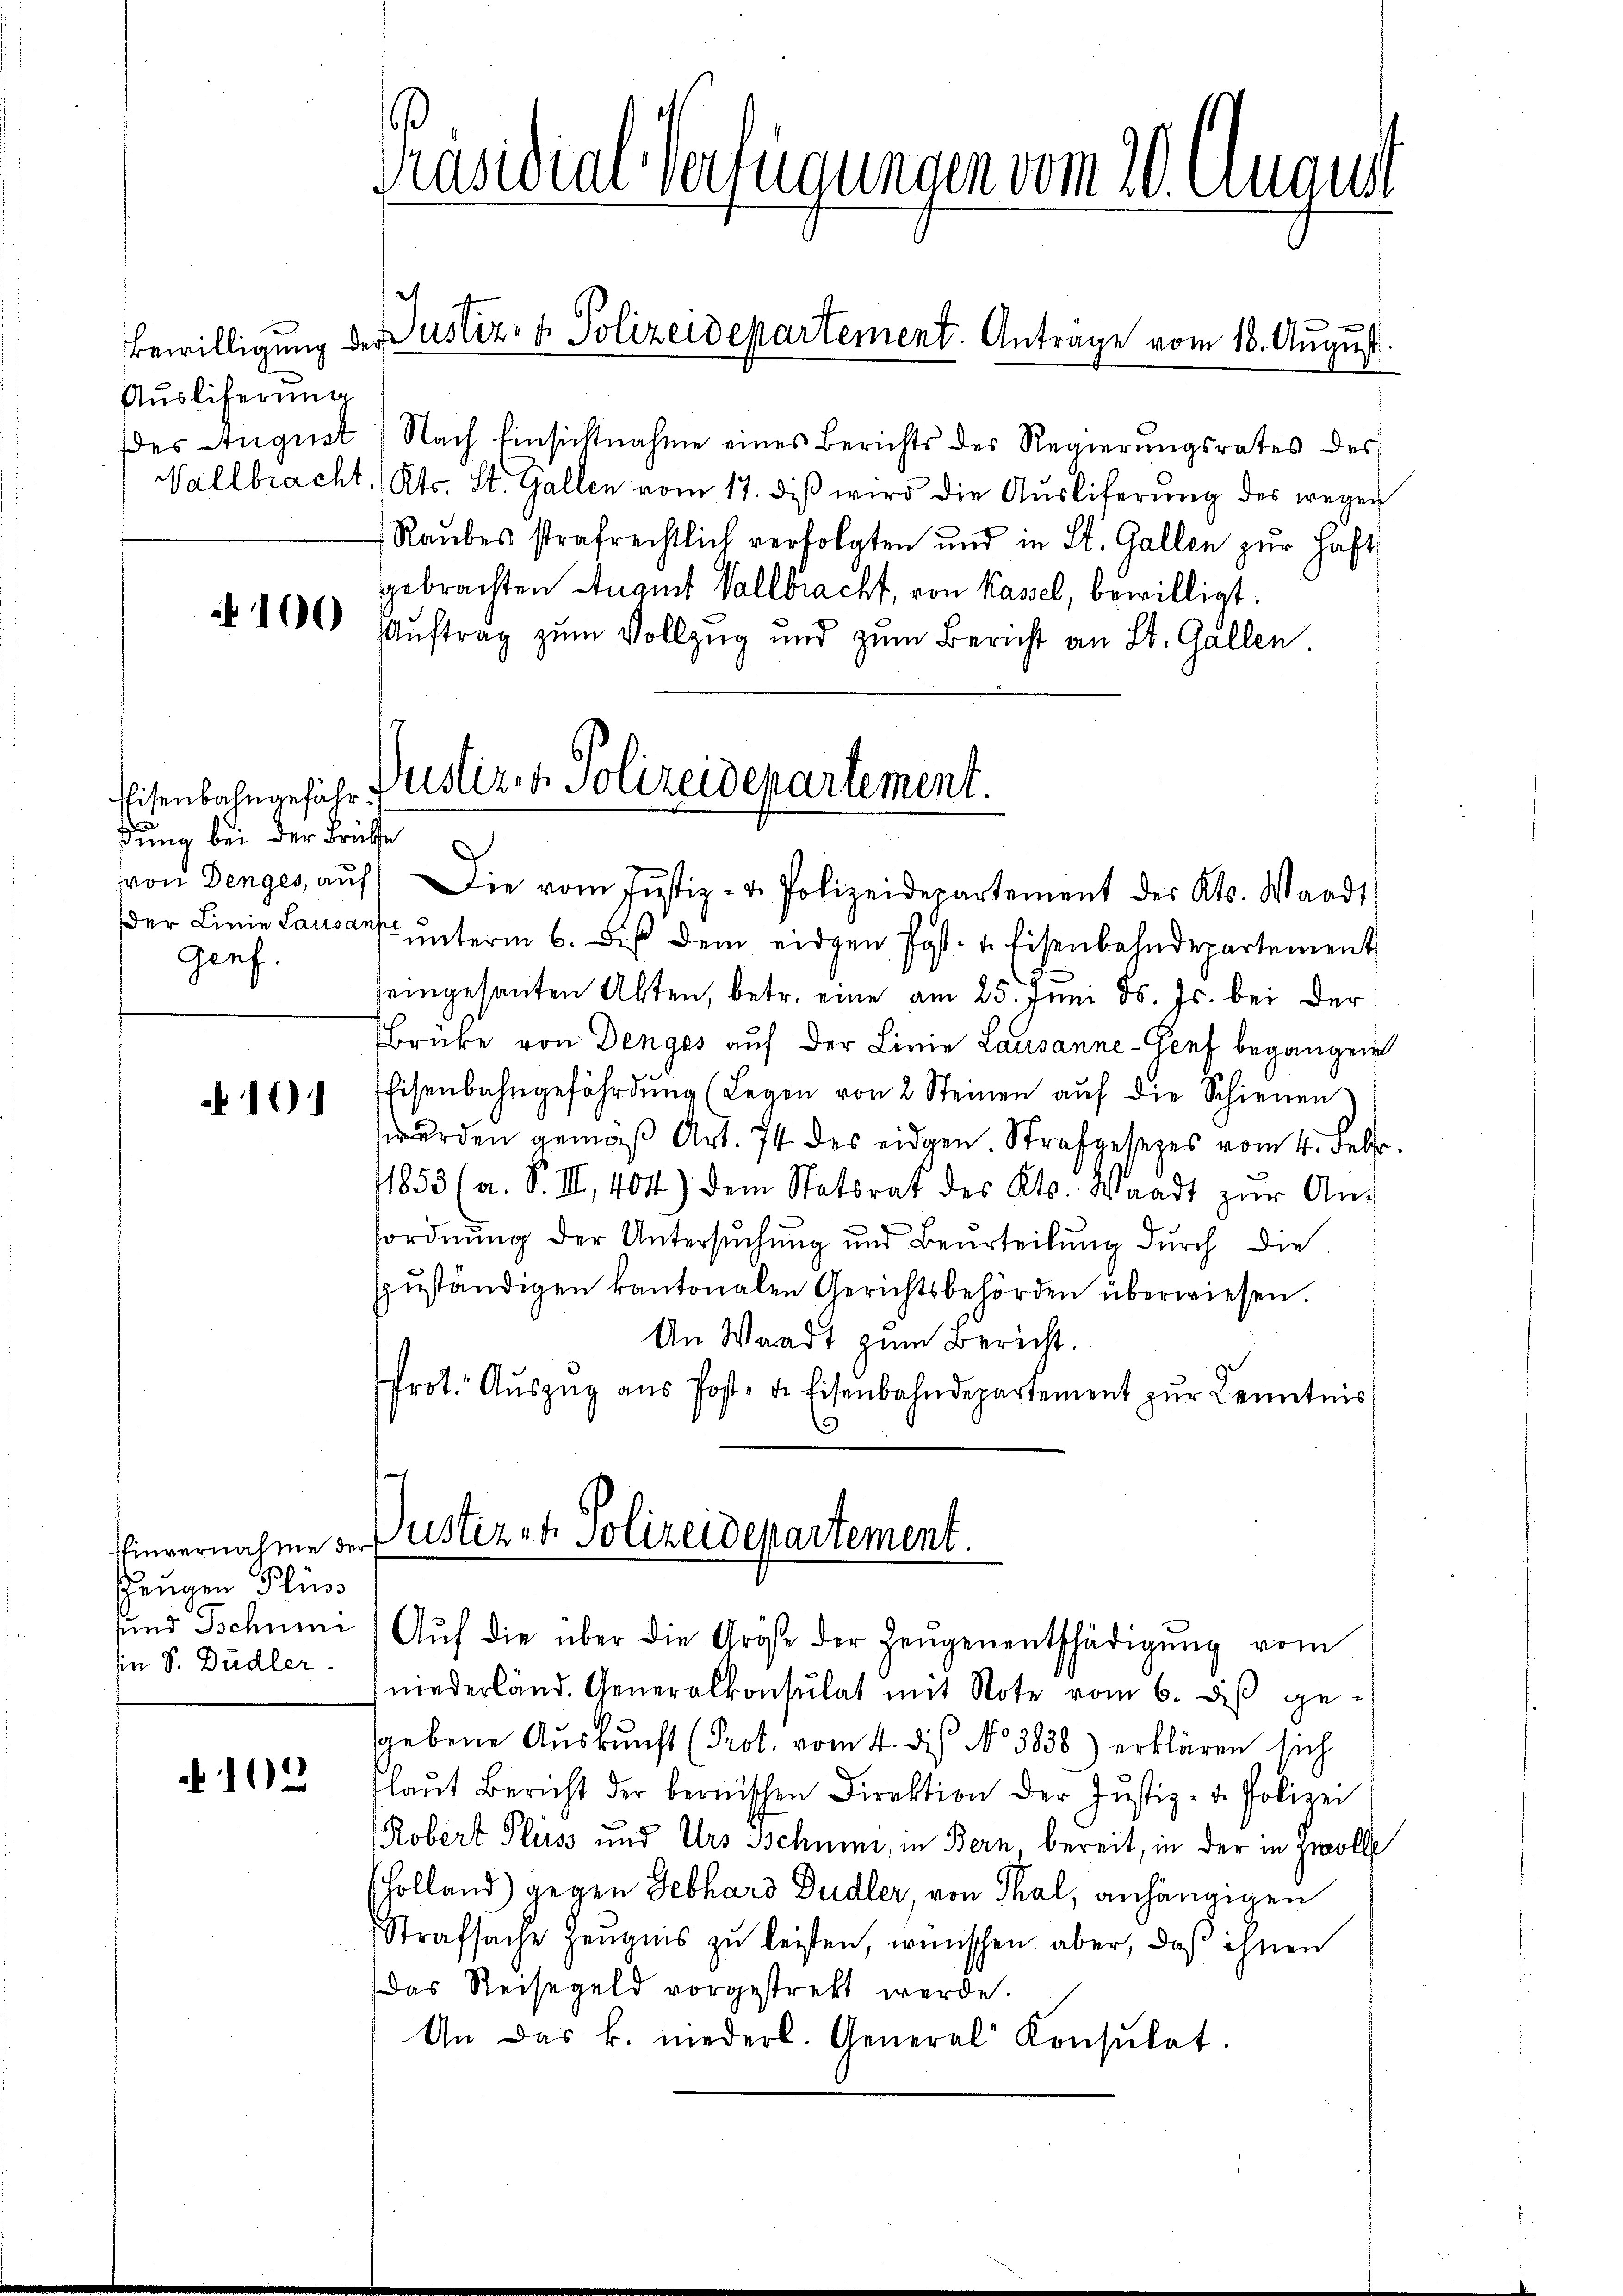
Auslieferung

100

Eisenbahngefährßung bei der Brüsse
Genf.

10)

Tinvernahme der
Zeugen Flüss
sund Schnei
in S. Dudler.

102

es August) Nach Einsichtnahme eines Berichts des Regierŭngsrates des
Vallbracht. Kts. St. Gallen vom 17. diβ wird die Aŭsliferŭng des wegen
Raubes strafrechtlich verfolgten und in St. Gallen zur Haft
gebrachten August Vallbracht, von Kassel, bewilligt.
Auftrag zum Vollzug und zum Bericht an St. Gallen.

Präsidial-Verfügungen vom 10. August

Bewilligung der Justiz- & Polizeidepartement. Antrage vom 18. August.

Dustiz & Polizeidepartement.

Justizet Polizeidepartement.

von Denges, aŭf die vom Justiz- u. Polizeidepartement des Kts. Waadt
der Linie Lausant unterm 6. Bis dem eidgen Post- u. Eisenbahndepartement
eingesanten Alten, betr. eine am 25. Juni d. Js. bei der
Brücke von Denges auf der Linie Lausanne-Genf begangen
Eisenbahngefährdung (Legen von 2 Steinen aŭf die Schienen
werden gemäß Art. 74 des eidgen. Strafgesezes vom 4. Febr.
1853 (a. S. III, 404) dem Statsrat des Kts. Waadt zŭr An-
ordnung der Untersuchung und Beurteilung durch die
szŭständigen kantonalen Gerichtsbehörden überwiesen.
An Waadt zum Bericht.
Prot. Aŭszŭg aŭs Post, d. Eisenbahndepartement zŭr Kenntnis
e

Aŭf die über die Größe der Zeŭgenentschädigŭng vom
niederländ. Generalkonsulat mit Note vom 6. dβ ge-
sgebene Auskunft (Prot. vom 4. dies No 3838) erklären sich
laut Bericht der bernischen Direktion der Justiz- u. Polizei
Robert Pluss und Urs Schnen, in Bern, bereit, in der in Zwolle
holland) gegen Gebhard Dudler, von Thal, anhängigen
Strafsache Zeugnis zu leisten, wünschen aber, daß ihnen
Das Reisegeld vorgestrebt werde.
An das k. niederl. General Konsŭlat.